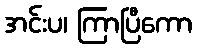
အင်းပ၊ ကြာပြီကော